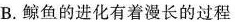
B.鲸鱼的进化有着漫长的过程